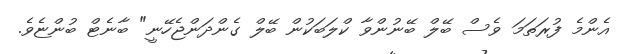
އެންމެ ފުރަތަމަ ވެސް ބޭލް ބޭނުންވާ ކްލަބަކުން ބޭލް ގެންދަންޖެހޭނީ" ބާނެޓް ބުންޏެވެ.